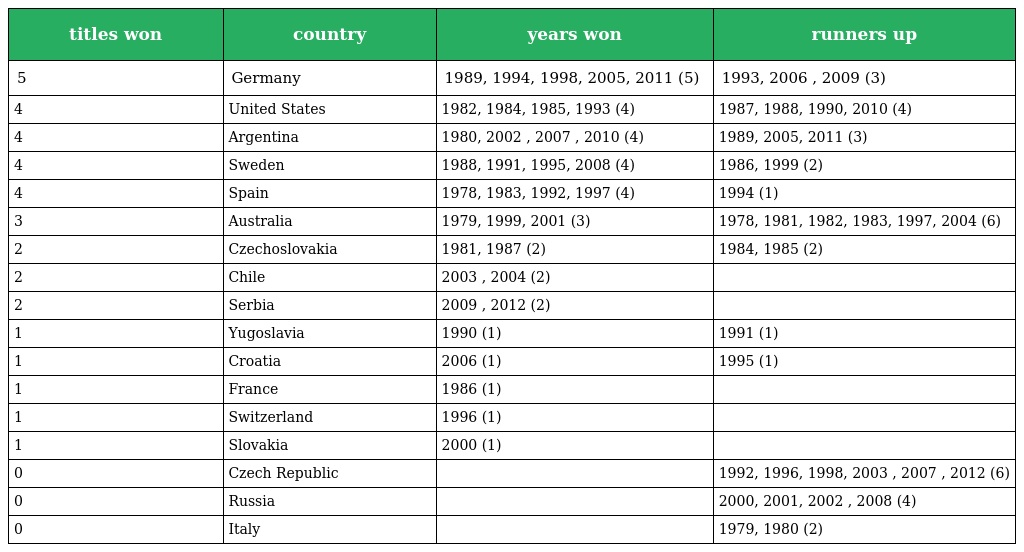
| titles won | country | years won | runners up |
 | --- | --- | --- | --- |
 | 5 | Germany | 1989, 1994, 1998, 2005, 2011 (5) | 1993, 2006 , 2009 (3) |
 | 4 | United States | 1982, 1984, 1985, 1993 (4) | 1987, 1988, 1990, 2010 (4) |
 | 4 | Argentina | 1980, 2002 , 2007 , 2010 (4) | 1989, 2005, 2011 (3) |
 | 4 | Sweden | 1988, 1991, 1995, 2008 (4) | 1986, 1999 (2) |
 | 4 | Spain | 1978, 1983, 1992, 1997 (4) | 1994 (1) |
 | 3 | Australia | 1979, 1999, 2001 (3) | 1978, 1981, 1982, 1983, 1997, 2004 (6) |
 | 2 | Czechoslovakia | 1981, 1987 (2) | 1984, 1985 (2) |
 | 2 | Chile | 2003 , 2004 (2) |  |
 | 2 | Serbia | 2009 , 2012 (2) |  |
 | 1 | Yugoslavia | 1990 (1) | 1991 (1) |
 | 1 | Croatia | 2006 (1) | 1995 (1) |
 | 1 | France | 1986 (1) |  |
 | 1 | Switzerland | 1996 (1) |  |
 | 1 | Slovakia | 2000 (1) |  |
 | 0 | Czech Republic |  | 1992, 1996, 1998, 2003 , 2007 , 2012 (6) |
 | 0 | Russia |  | 2000, 2001, 2002 , 2008 (4) |
 | 0 | Italy |  | 1979, 1980 (2) |